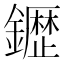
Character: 𮣙